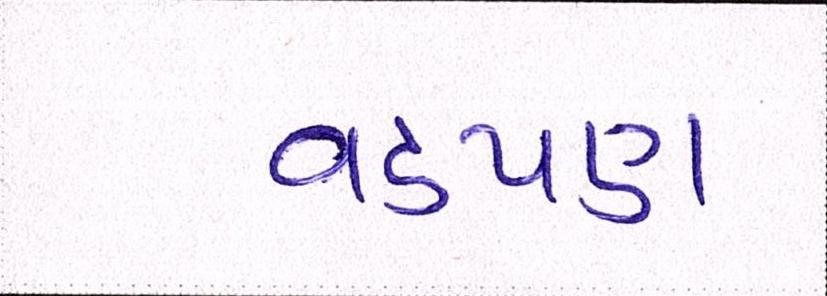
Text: વડપણ